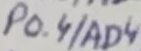
Text: P0.4/AD4